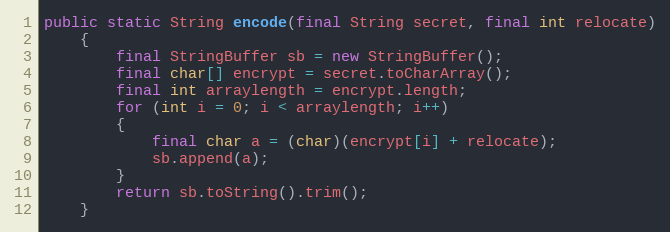
Language: Java
public static String encode(final String secret, final int relocate)
	{
		final StringBuffer sb = new StringBuffer();
		final char[] encrypt = secret.toCharArray();
		final int arraylength = encrypt.length;
		for (int i = 0; i < arraylength; i++)
		{
			final char a = (char)(encrypt[i] + relocate);
			sb.append(a);
		}
		return sb.toString().trim();
	}